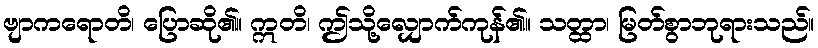
ဗျာကရောတိ၊ ပြောဆို၏။ ဣတိ၊ ဤသို့လျှောက်ကုန်၏။ သတ္ထာ၊ မြတ်စွာဘုရားသည်။